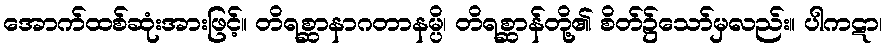
အောက်ထစ်ဆုံးအားဖြင့်။ တိရစ္ဆာနာဂတာနမ္ပိ၊ တိရစ္ဆာန်တို့၏ စိတ်၌သော်မှလည်း။ ပါကဋာ၊